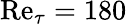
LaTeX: \mathrm{Re}_{\tau}=180